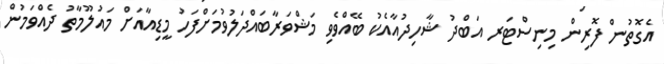
އެގޮތުން ފޮރިން މިނިސްޓަރ އަބްދު ޝާހިދުއާއެކު ބޭއްވެވި މަޝްވަރާބައްދަލުވުމަށްފަހު މީޑިއާއަށް މައުލޫމާތު ދެއްވަމުން